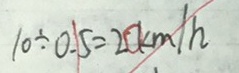
1 0 \div 0 . 5 = 2 k m / h